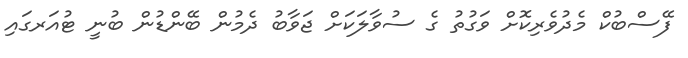
ފޭސްބުކް މެދުވެރިކޮށް ވަގުތު ގެ ސުވާލަކަށް ޖަވާބު ދެމުން ބޭންޑުން ބުނީ ޓުއަރގައި